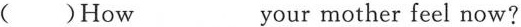
( )How___ your mother feel now?